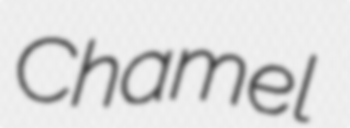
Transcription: Chamel